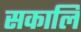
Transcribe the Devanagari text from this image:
सकालि